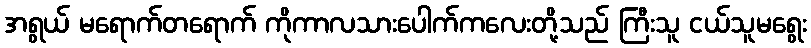
အရွယ် မရောက်တရောက် ကိုကာလသားပေါက်ကလေးတို့သည် ကြီးသူ ငယ်သူမရွေး